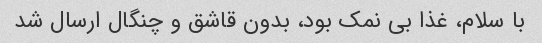
با سلام، غذا بی نمک بود، بدون قاشق و چنگال ارسال شد